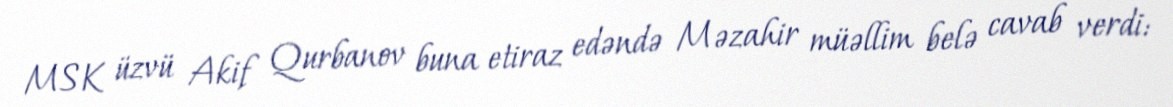
MSK üzvü Akif Qurbanov buna etiraz edəndə Məzahir müəllim belə cavab verdi: